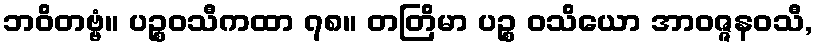
ဘဝိတဗ္ဗံ။ ပဉ္စဝသီကထာ ၇၈။ တတြိမာ ပဉ္စ ဝသိယော အာဝဇ္ဇနဝသီ,